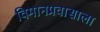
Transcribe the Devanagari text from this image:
विमानप्रवासाला